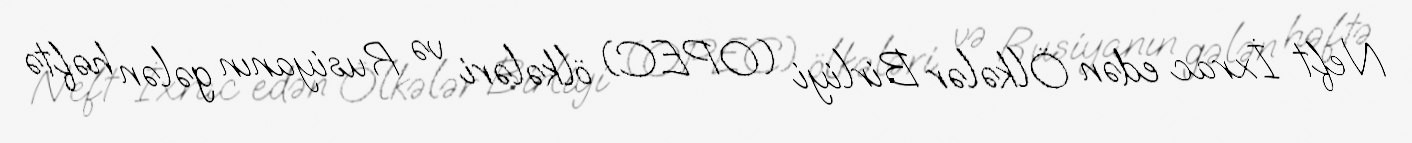
Neft İxrac edən Ölkələr Birliyi (OPEC) ölkələri və Rusiyanın gələn həftə